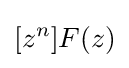
[z^{n}]F(z)